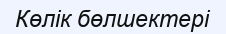
Көлік бөлшектері